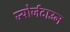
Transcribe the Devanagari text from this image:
ज्योर्जटाउन